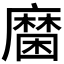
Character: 𲎔